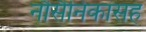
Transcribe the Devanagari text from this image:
नौसैनिकांसह